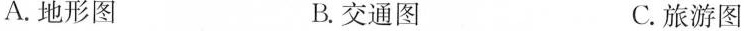
A.地形图 B.交通图 C.旅游图